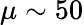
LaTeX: \mu\sim 50